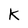
Character: K